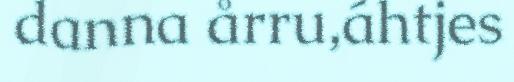
danna årru,áhtjes